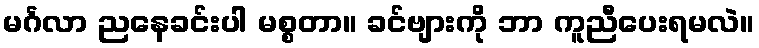
မင်္ဂလာ ညနေခင်းပါ မစ္စတာ။ ခင်ဗျားကို ဘာ ကူညီပေးရမလဲ။